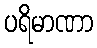
ပရိမာဏာ